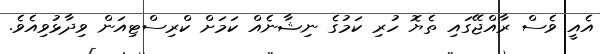
އެއީ ވެސް ރާއްޖޭގައި ތެޔޮ ހުރި ކަމުގެ ނިޝާނެއް ކަމަށް ކްރިސްޓިއަން ވިދާޅުވިއެވެ.